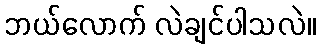
ဘယ်လောက် လဲချင်ပါသလဲ။